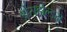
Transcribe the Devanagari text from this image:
थ्रेसहोल्ड्स